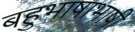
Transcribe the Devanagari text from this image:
बहुभाषाभाषी